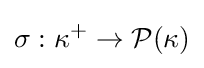
\sigma :\kappa ^{+}\to {\mathcal {P}}(\kappa )